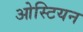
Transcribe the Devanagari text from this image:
ओस्टियन